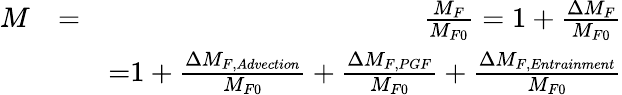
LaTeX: \begin{array}{rlr}{M}&{=}&{\frac{M_{F}}{M_{F0}}=1+\frac{\Delta M_{F}}{M_{F0}}}\\ &{}&{\mathrm=1+\frac{\Delta M_{F,Advection}}{M_{F0}}+\frac{\Delta M_{F,PGF}}{M_{F0}}+\frac{\Delta M_{F,Entrainment}}{M_{F0}}}\end{array}